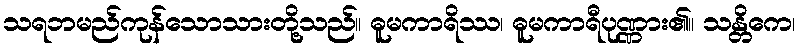
သရဘမည်ကုန်သောသားတို့သည်။ ဓူမကာရိဿ၊ ဓူမကာရီပုဏ္ဏား၏။ သန္တိကေ၊